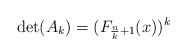
LaTeX: \begin{align*}\det (A_{k})=(F_{\frac{n}{k}+1}(x))^{k} \end{align*}